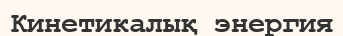
Кинетикалық энергия